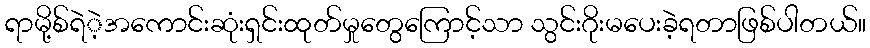
ရာမို့စ်ရဲဲ့အကောင်းဆုံးရှင်းထုတ်မှုတွေကြောင့်သာ သွင်းဂိုးမပေးခဲ့ရတာဖြစ်ပါတယ်။